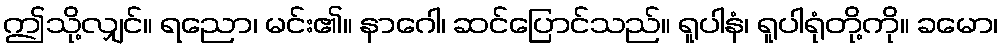
ဤသို့လျှင်။ ရညော၊ မင်း၏။ နာဂေါ၊ ဆင်ပြောင်သည်။ ရူပါနံ၊ ရူပါရုံတို့ကို။ ခမော၊